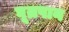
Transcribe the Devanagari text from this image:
घूम्रपान